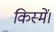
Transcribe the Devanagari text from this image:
किस्में।